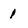
Character: 1